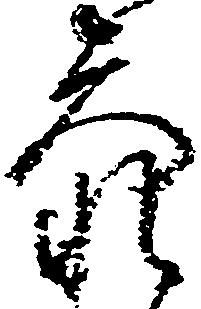
参